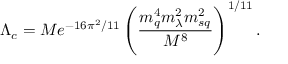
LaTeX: \Lambda _ { c } = M e ^ { - 1 6 \pi ^ { 2 } / 1 1 } \left( \frac { m _ { q } ^ { 4 } m _ { \lambda } ^ { 2 } m _ { s q } ^ { 2 } } { M ^ { 8 } } \right) ^ { 1 / 1 1 } .